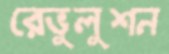
রেভুলুশন